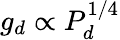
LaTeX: g_{d}\propto P_{d}^{1/4}